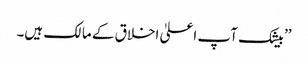
’’بیشک آپ اعلیٰ اخلاق کے مالک ہیں۔